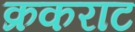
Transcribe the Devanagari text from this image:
क्रकराट